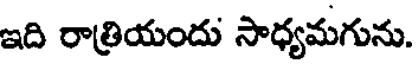
ఇది రాత్రియందు సాధ్యమగును.